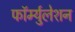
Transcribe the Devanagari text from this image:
फॉर्म्युलेशन